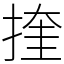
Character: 㨒